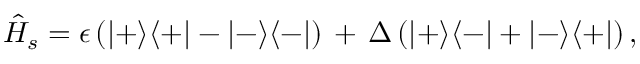
\hat { H } _ { s } = \epsilon \left( | + \rangle \langle + | - | - \rangle \langle - | \right) \, + \, \Delta \left( | + \rangle \langle - | + | - \rangle \langle + | \right) ,